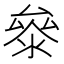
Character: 𭆤